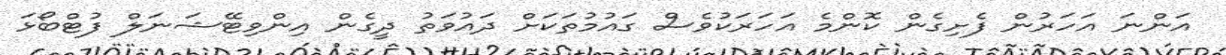
އަންނަ އަހަރުން ފެށިގެން ކޮންމެ އަހަރަކުވެސް ގައުމުތަކަށް ދައުވަތު ދީގެން އިންވިޓޭޝަނަލް ފުޓްބޯޅަ